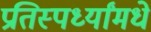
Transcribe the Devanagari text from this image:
प्रतिस्पर्ध्यांमधे